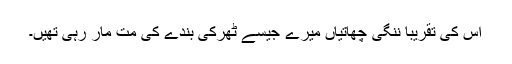
اس کی تقریباً ننگی چھاتیاں میرے جیسے ٹھرکی بندے کی مت مار رہی تھیں۔